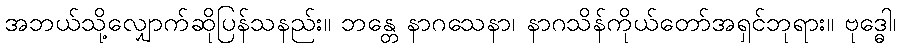
အဘယ်သို့လျှောက်ဆိုပြန်သနည်း။ ဘန္တေ နာဂသေနာ၊ နာဂသိန်ကိုယ်တော်အရှင်ဘုရား။ ဗုဒ္ဓေါ၊